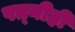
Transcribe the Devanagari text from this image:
पत्‍नीही